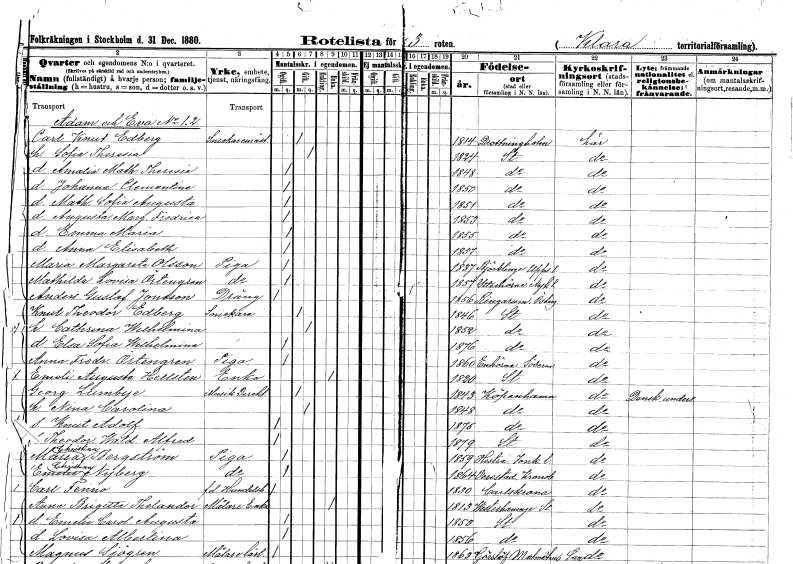
gt_parse: households: individuals: FN: Carl Knut
EN: Edberg
YRKE: Snickaremästare
KON: M
CIV: G
FODAR: 1814
FODFORS: Drottningholm Stockholms län
FN: Sofia Theresia
KON: K
CIV: G
FODAR: 1824
FODFORS: Stockholm
FN: Amalia Mathilda Theresia
KON: K
CIV: O
FODAR: 1848
FODFORS: Stockholm
FN: Johanna Clementine
KON: K
CIV: O
FODAR: 1850
FODFORS: Stockholm
FN: Mathilda Sofia Augusta
KON: K
CIV: O
FODAR: 1851
FODFORS: Stockholm
FN: Augusta Margareta Fredrica
KON: K
CIV: O
FODAR: 1853
FODFORS: Stockholm
FN: Emma Maria
KON: K
CIV: O
FODAR: 1855
FODFORS: Stockholm
FN: Anna Elisabeth
KON: K
CIV: O
FODAR: 1857
FODFORS: Stockholm
FN: Maria Margareta
EN: Olsson
YRKE: Piga
KON: K
CIV: O
FODAR: 1837
FODFORS: Björklinge Uppsala län
FN: Mathilda Lovisa
EN: Örtengren
YRKE: Piga
KON: K
CIV: O
FODAR: 1857
FODFORS: Ytterenhörna Stockholms län
FN: Anders Gustaf
EN: Jonsson
YRKE: Dräng
KON: M
CIV: O
FODAR: 1856
FODFORS: Ringarum Östergötlands län
FN: Knut Theodor
EN: Edberg
YRKE: Snickare
KON: M
CIV: G
FODAR: 1846
FODFORS: Stockholm
FN: Cathrina Wilhelmina
KON: K
CIV: G
FODAR: 1852
FODFORS: Stockholm
FN: Elsa Sofia Wilhelmina
KON: K
CIV: O
FODAR: 1876
FODFORS: Stockholm
FN: Anna Fredrika
EN: Örtengren
YRKE: Piga
KON: K
CIV: O
FODAR: 1860
FODFORS: Enhörna Stockholms län
FN: Emeli Augusta
EN: Hellsten
YRKE: Änka
KON: K
CIV: E
FODAR: 1820
FODFORS: Stockholm
FN: Georg
EN: Lumbye
YRKE: Musikdirektör
KON: M
CIV: G
FODAR: 1843
FN: Nina Carolina
KON: K
CIV: G
FODAR: 1848
FN: Knut Adolf
KON: M
CIV: O
FODAR: 1875
FN: Theodor Waldemar Alfred
KON: M
CIV: O
FODAR: 1879
FODFORS: Stockholm
FN: Maria Christina
EN: Bergström
YRKE: Piga
KON: K
CIV: O
FODAR: 1859
FODFORS: Hestra Jönköpings län
FN: Emelie Christina
EN: Nyberg
YRKE: Piga
KON: K
CIV: O
FODAR: 1864
FODFORS: Virestad Kronobergs län
FN: Carl
EN: Fenno
YRKE: Handelsbokhållare f.d.
KON: M
CIV: O
FODAR: 1830
FODFORS: Karlskrona Blekinge län
FN: Anna Brigitta
EN: Thelander
YRKE: Målareänka
KON: K
CIV: E
FODAR: 1813
FODFORS: Västerhaninge Stockholms län
FN: Emelie Carolina Augusta
KON: K
CIV: O
FODAR: 1853
FODFORS: Stockholm
FN: Lovisa Albertina
KON: K
CIV: O
FODAR: 1856
FODFORS: Stockholm
FN: Magnus
EN: Sjögren
YRKE: Målarelärling
KON: M
CIV: O
FODAR: 1863
FODFORS: Gärdslöv Malmöhus län